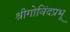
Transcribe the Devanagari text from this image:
श्रीगोविंदप्रभू